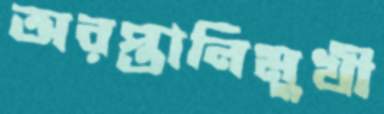
অরপ্তানিমুখী